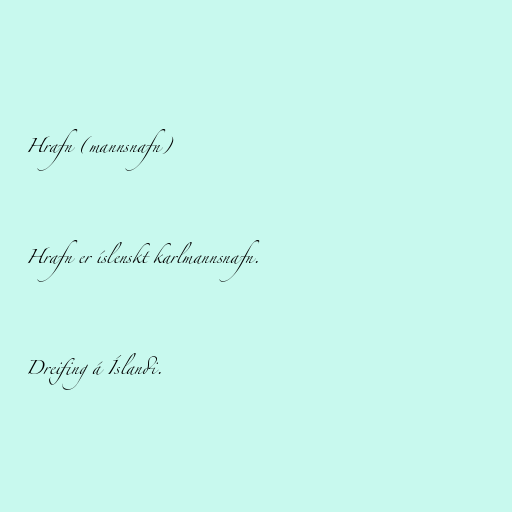
Hrafn (mannsnafn)

Hrafn er íslenskt karlmannsnafn.

Dreifing á Íslandi.